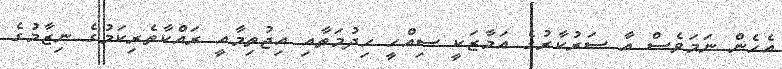
އެހެން ނަމަވެސް އާ ސަރުކާރުގެ އަމާޒަކީ ސިއްހީ ހިދުމަތާއި އިޖުތިމާއީ ރައްކާތެރިކަމުގެ ނިޒާމުގެ